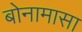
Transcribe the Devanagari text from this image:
बोनामासा